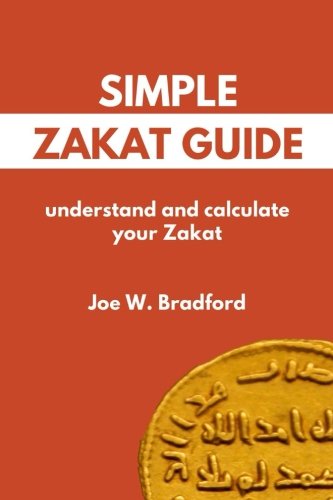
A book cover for Simple Zakat Guide: Understand and Calculate Your Zakat; Joe W. Bradford; Religion & Spirituality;